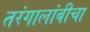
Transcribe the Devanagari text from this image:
तरंगालांबीचा